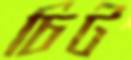
চিট